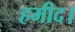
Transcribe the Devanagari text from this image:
हमीद।